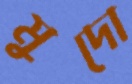
মুদো